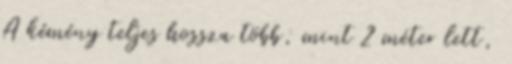
A kémény teljes hossza több, mint 2 méter lett,